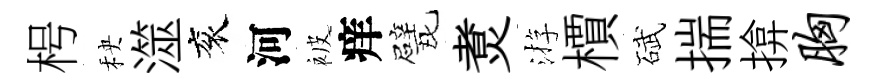
枵秧澨衮河被痒戏煑㳺檟碔揣揜胸